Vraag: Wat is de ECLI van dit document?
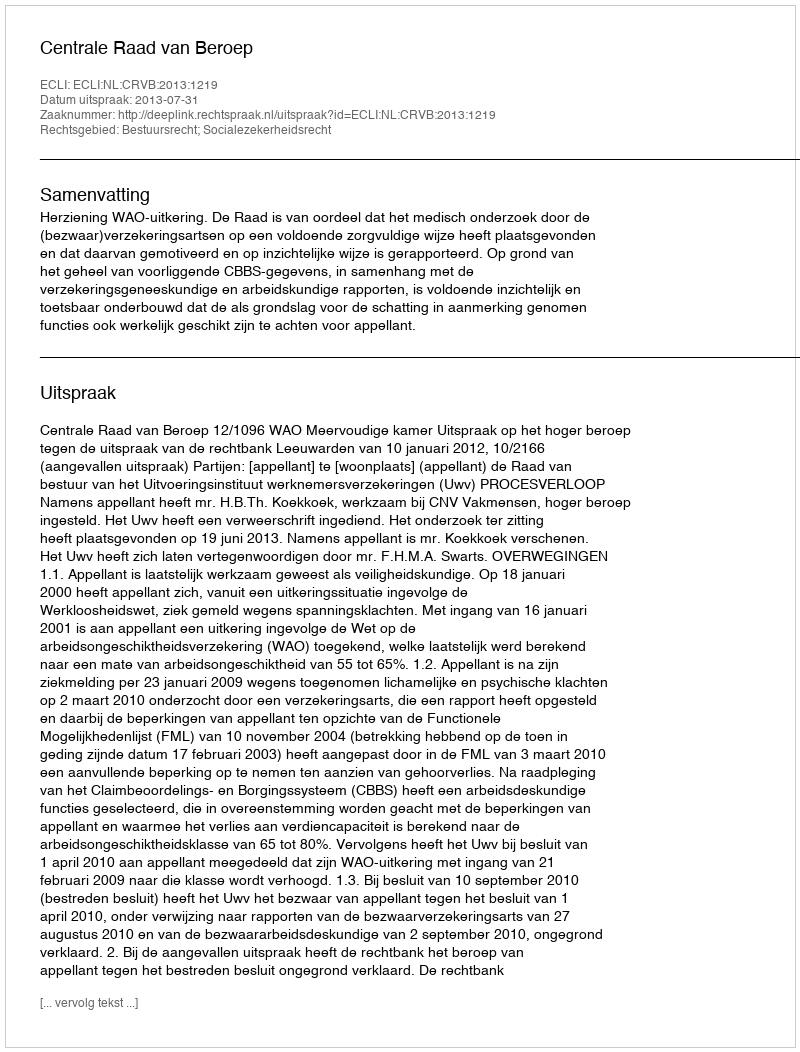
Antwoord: ECLI:NL:CRVB:2013:1219